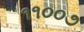
૧૧૦૦૭